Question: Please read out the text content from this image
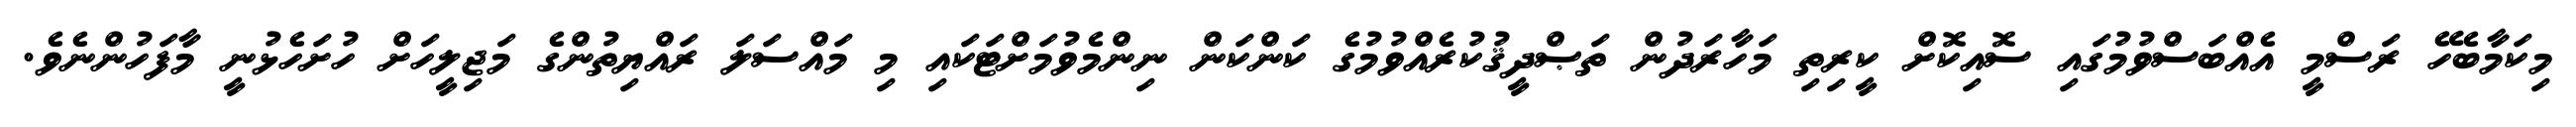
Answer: މިކަމާބެހޭ ރަސްމީ އެއްބަސްވުމުގައި ސޮއިކޮށް ކީރިތި މަހާރަދުން ތަޞްދީޤުކުރެއްވުމުގެ ކަންކަން ނިންމެވުމަށްޓަކައި މި މައްސަލަ ރައްޔިތުންގެ މަޖިލީހަށް ހުށަހެޅުނީ މާފަހުންނެވެ.